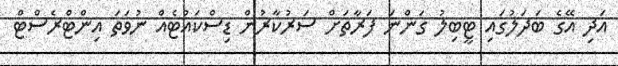
އަދި އޭގެ ބަދަލުގައި ޓީބިލު ގަންނަ ފަރާތަށް ސަރުކާރުން ޑިސްކައުޓެއް ނުވަތަ އިންޓްރެސްޓް